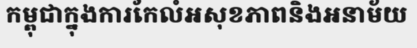
កម្ពុជាក្នុងការកែលំអសុខភាពនិងអនាម័យ